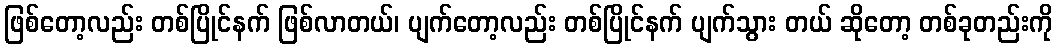
ဖြစ်တော့လည်း တစ်ပြိုင်နက် ဖြစ်လာတယ်၊ ပျက်တော့လည်း တစ်ပြိုင်နက် ပျက်သွား တယ် ဆိုတော့ တစ်ခုတည်းကို